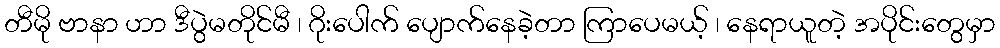
တီမို ဗာနာ ဟာ ဒီပွဲမတိုင်မီ ၊ ဂိုးပေါက် ပျောက်နေခဲ့တာ ကြာပေမယ့် ၊ နေရာယူတဲ့ အပိုင်းတွေမှာ